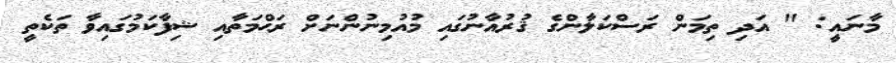
މާނައީ: " އަދި ތިމަން ރަސްކަލާންގެ ޤުރުއާނުގައި މުއުމިނުންނަށް ރަޙްމަތާއި ޝިފާކަމުގައިވާ ތަކެތީ